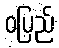
ဝပြည်